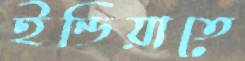
ইন্ডিয়াতে